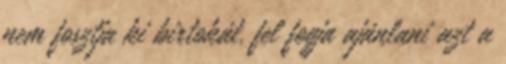
nem fosztja ki birtokát, fel fogja ajánlani azt a